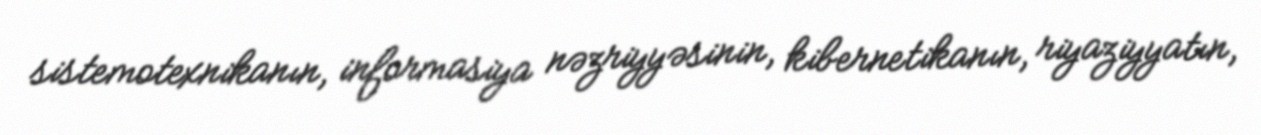
sistemotexnikanın, informasiya nəzriyyəsinin, kibernetikanın, riyaziyyatın,